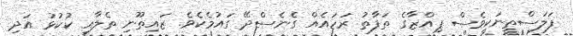
ފަލަސްތީނަކީވެސް ޕިއްޒާގެ ތަފާތު ރަހައެއް ގެނެސްދޭ ގައުމެކެވެ. ޒައިތޫނި ތެލާއި ކުކުޅު އަދި